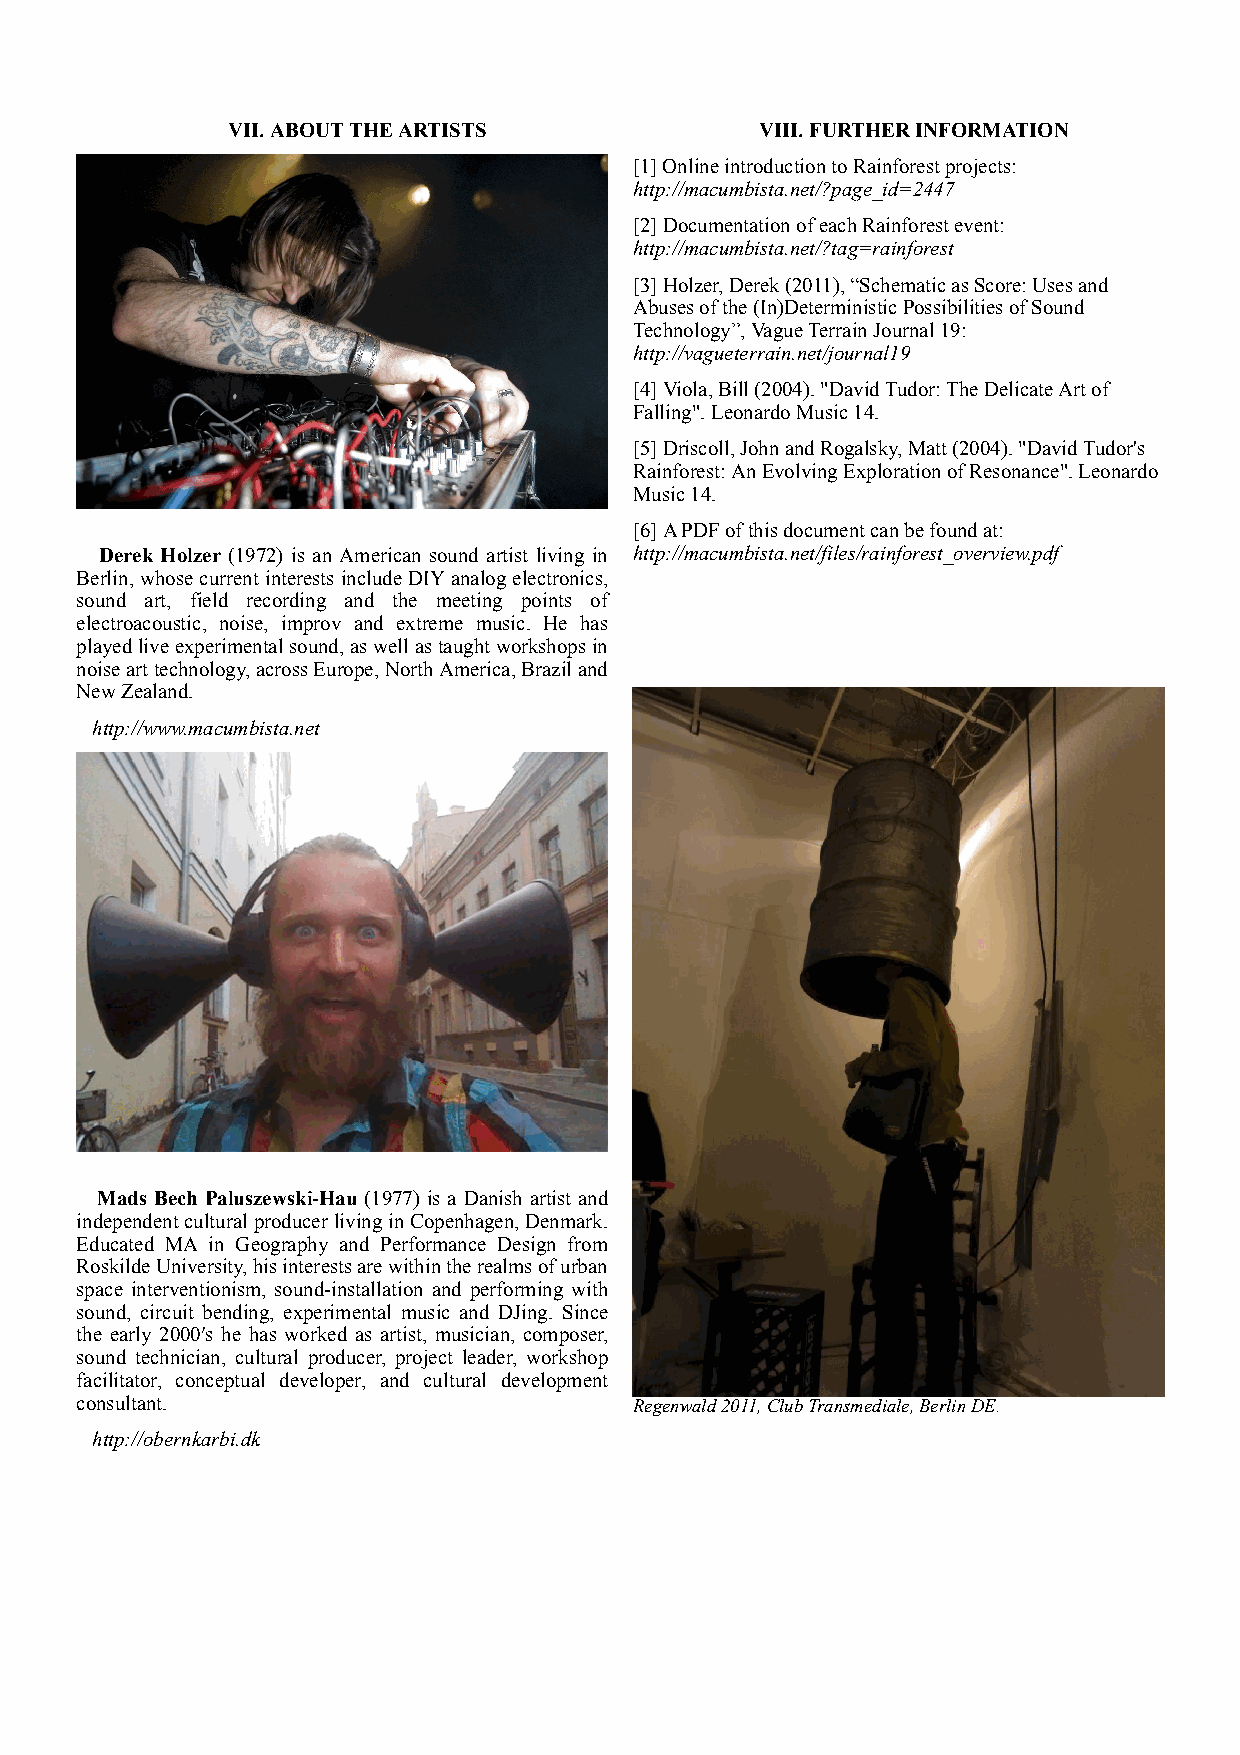
VII. ABOUT THE ARTISTS             VIII. FURTHER INFORMATION
 [1] Online introduction to Rainforest projects:
 http://macumbista.net/?page_id=2447
 [2] Documentation of each Rainforest event:
 http://macumbista.net/?tag=rainforest
 [3] Holzer, Derek (2011), “Schematic as Score: Uses and
 Abuses of the (In)Deterministic Possibilities of Sound
 Technology”, Vague Terrain Journal 19:
 http://vagueterrain.net/journal19
 [4] Viola, Bill (2004). "David Tudor: The Delicate Art of
 Falling". Leonardo Music 14.
 [5] Driscoll, John and Rogalsky, Matt (2004). "David Tudor's
 Rainforest: An Evolving Exploration of Resonance". Leonardo
 Music 14.
 [6] A PDF of this document can be found at:
 Derek Holzer (1972) is an American sound artist living in http://macumbista.net/files/rainforest_overview.pdf
 Berlin, whose current interests include DIY analog electronics,
 sound art, field recording and the meeting points of
 electroacoustic, noise, improv and extreme music. He has
 played live experimental sound, as well as taught workshops in
 noise art technology, across Europe, North America, Brazil and
 New Zealand.
 http://www.macumbista.net
 Mads Bech Paluszewski-Hau (1977) is a Danish artist and
 independent cultural producer living in Copenhagen, Denmark.
 Educated MA in Geography and Performance Design from
 Roskilde University, his interests are within the realms of urban
 space interventionism, sound-installation and performing with
 sound, circuit bending, experimental music and DJing. Since
 the early 2000′s he has worked as artist, musician, composer,
 sound technician, cultural producer, project leader, workshop
 facilitator, conceptual developer, and cultural development
 consultant.                          Regenwald 2011, Club Transmediale, Berlin DE.
 http://obernkarbi.dk